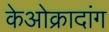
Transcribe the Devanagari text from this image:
केओक्रादांग